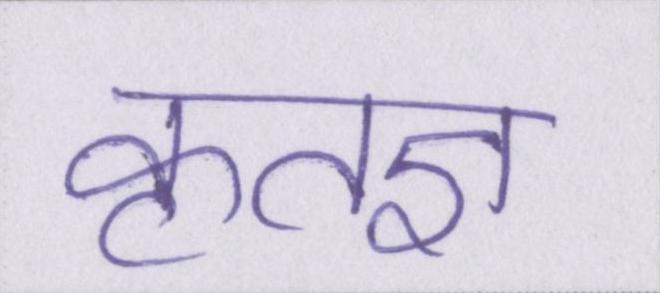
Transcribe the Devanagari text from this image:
कृतज्ञ